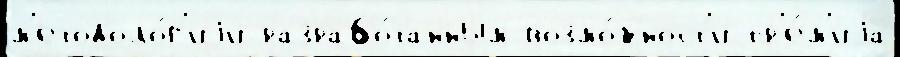
м'етодоло́г'иjи разрабо́танным возмо́жност'и пр'е́м'иjа